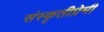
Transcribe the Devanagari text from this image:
संस्कृतीप्रेमी